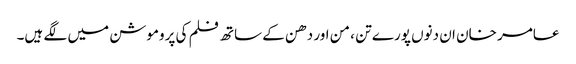
عامر خان ان دنوں پورے تن ، من اور دھن کے ساتھ فلم کی پروموشن میں لگے ہیں۔